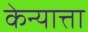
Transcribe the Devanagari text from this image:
केन्यात्ता